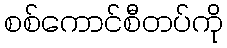
စစ်ကောင်စီတပ်ကို